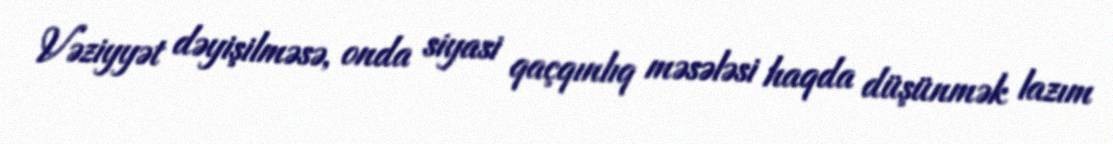
Vəziyyət dəyişilməsə, onda siyasi qaçqınlıq məsələsi haqda düşünmək lazım